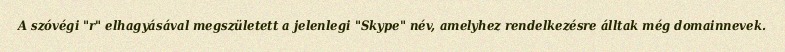
A szóvégi "r" elhagyásával megszületett a jelenlegi "Skype" név, amelyhez rendelkezésre álltak még domainnevek.